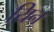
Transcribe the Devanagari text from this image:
यिन्